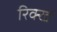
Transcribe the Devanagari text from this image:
रिर्क्ख